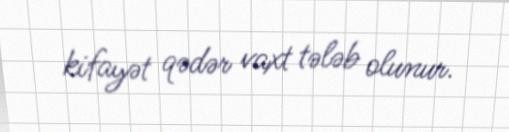
kifayət qədər vaxt tələb olunur.